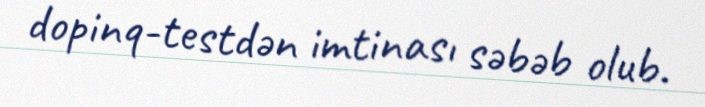
dopinq-testdən imtinası səbəb olub.